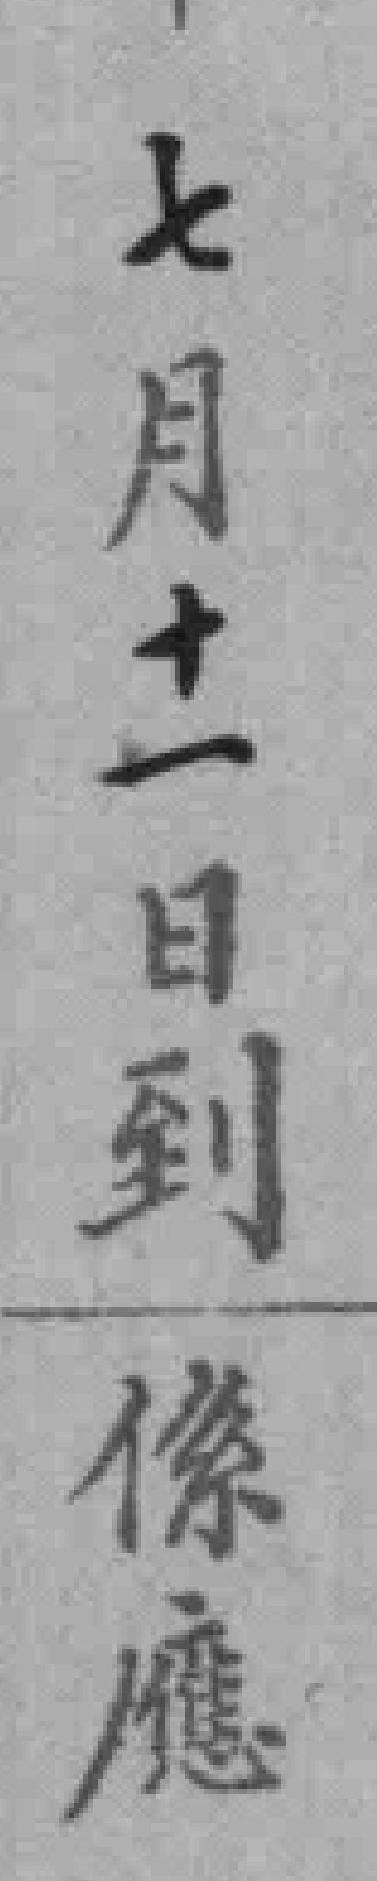
七月十一日到係應